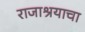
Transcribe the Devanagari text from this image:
राजाश्रयाचा